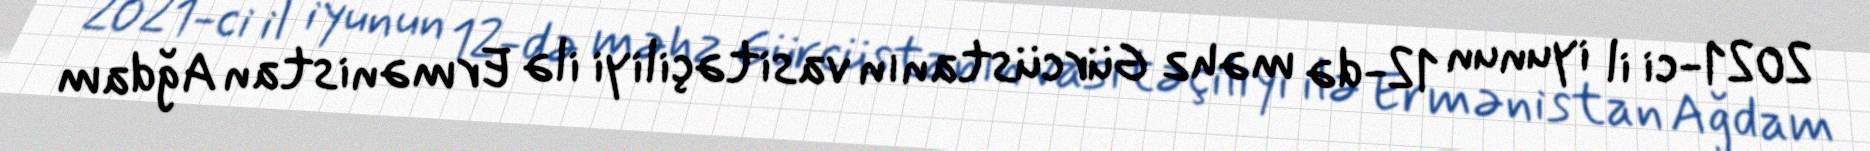
2021-ci il iyunun 12-də məhz Gürcüstanın vasitəçiliyi ilə Ermənistan Ağdam